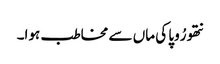
نتھو رُوپا کی ماں سے مخاطب ہوا۔